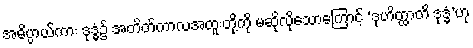
အဓိပ္ပာယ်ကား ဒုဒ္ဓံ၌ အတိတ်ကာလအထူးတို့ကို မဆိုလိုသောကြောင့် ‘ဒုဟိတ္ထာတိ ဒုဒ္ဓံ’ဟု